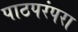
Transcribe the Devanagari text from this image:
पाठपरंपरा